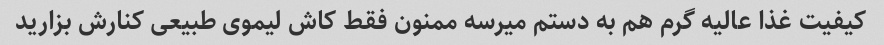
کیفیت غذا عالیه گرم هم به دستم میرسه ممنون فقط کاش لیموی طبیعی کنارش بزارید